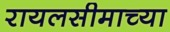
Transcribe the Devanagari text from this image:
रायलसीमाच्या